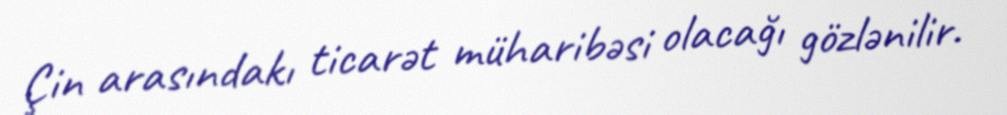
Çin arasındakı ticarət müharibəsi olacağı gözlənilir.